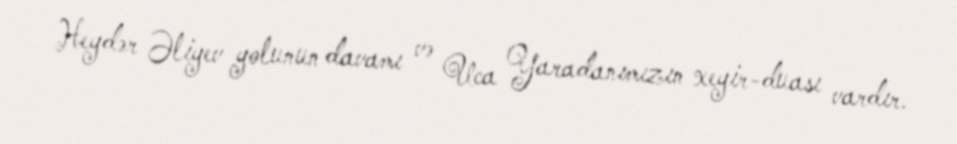
Heydər Əliyev yolunun davamı və Uca Yaradanımızın xeyir-duası vardır.